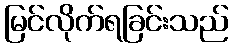
မြင်လိုက်ရခြင်းသည်